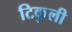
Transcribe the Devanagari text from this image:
टिकुली